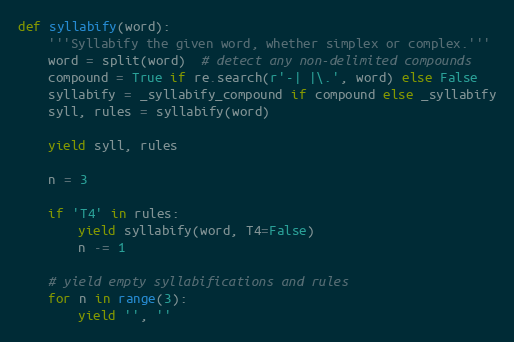
Language: Python
def syllabify(word):
    '''Syllabify the given word, whether simplex or complex.'''
    word = split(word)  # detect any non-delimited compounds
    compound = True if re.search(r'-| |\.', word) else False
    syllabify = _syllabify_compound if compound else _syllabify
    syll, rules = syllabify(word)

    yield syll, rules

    n = 3

    if 'T4' in rules:
        yield syllabify(word, T4=False)
        n -= 1

    # yield empty syllabifications and rules
    for n in range(3):
        yield '', ''